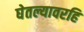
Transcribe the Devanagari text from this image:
घेतल्यावरहि